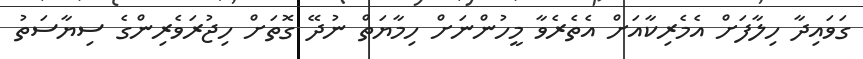
ގަވައިދާ ހިލާފަށް އެމެރިކާއަށް އެތެރެވާ މީހުންނަށް ހިމާޔަތް ނުދޭ ގޮތަށް ހިޖުރަވެރިންގެ ސިޔާސަތު